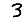
Digit: 3